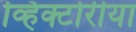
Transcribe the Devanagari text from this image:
व्हिक्टोरीया